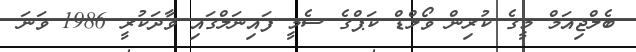
ބެލްޖިއަމް މީގެ ކުރިން ވޯލްޑް ކަޕްގެ ސެމީ ފައިނަލްގައި ވާދަކުރީ 1986 ވަނަ